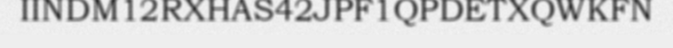
IINDM12RXHAS42JPF1QPDETXQWKFN